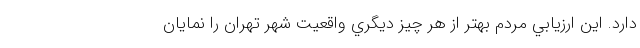
دارد. اين ارزيابي مردم بهتر از هر چيز ديگري واقعيت شهر تهران را نمايان